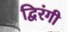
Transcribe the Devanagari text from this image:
द्विरंगी